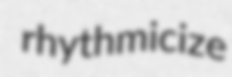
rhythmicize